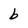
Character: b